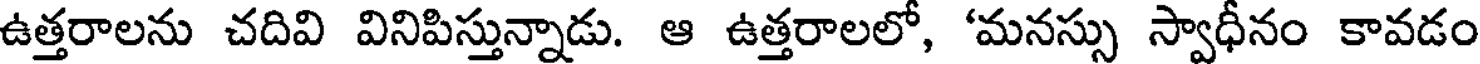
ఉత్తరాలను చదివి వినిపిస్తున్నాడు. ఆ ఉత్తరాలలో, 'మనస్సు స్వాధీనం కావడం